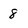
Character: 8